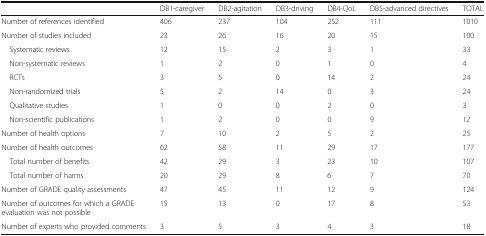
<table><thead><tr><td></td><td><b>DB1-caregiver</b></td><td><b>DB2-agitation</b></td><td><b>DB3-driving</b></td><td><b>DB4-QoL</b></td><td><b>DB5-advanced directives</b></td><td><b>TOTAL</b></td></tr></thead><tbody><tr><td>Number of references identified</td><td>406</td><td>237</td><td>104</td><td>252</td><td>111</td><td>1010</td></tr><tr><td>Number of studies included</td><td>23</td><td>26</td><td>16</td><td>20</td><td>15</td><td>100</td></tr><tr><td> Systematic reviews</td><td>12</td><td>15</td><td>2</td><td>3</td><td>1</td><td>33</td></tr><tr><td> Non-systematic reviews</td><td>1</td><td>2</td><td>0</td><td>1</td><td>0</td><td>4</td></tr><tr><td> RCTs</td><td>3</td><td>5</td><td>0</td><td>14</td><td>2</td><td>24</td></tr><tr><td> Non-randomized trials</td><td>5</td><td>2</td><td>14</td><td>0</td><td>3</td><td>24</td></tr><tr><td> Qualitative studies</td><td>1</td><td>0</td><td>0</td><td>2</td><td>0</td><td>3</td></tr><tr><td> Non-scientific publications</td><td>1</td><td>2</td><td>0</td><td>0</td><td>9</td><td><i>12</i></td></tr><tr><td>Number of health options</td><td>7</td><td>10</td><td>2</td><td>5</td><td>2</td><td>25</td></tr><tr><td>Number of health outcomes</td><td>62</td><td>58</td><td>11</td><td>29</td><td>17</td><td>177</td></tr><tr><td> Total number of benefits</td><td>42</td><td>29</td><td>3</td><td>23</td><td>10</td><td>107</td></tr><tr><td> Total number of harms</td><td>20</td><td>29</td><td>8</td><td>6</td><td>7</td><td>70</td></tr><tr><td>Number of GRADE quality assessments</td><td>47</td><td>45</td><td>11</td><td>12</td><td>9</td><td>124</td></tr><tr><td>Number of outcomes for which a GRADE evaluation was not possible</td><td>15</td><td>13</td><td>0</td><td>17</td><td>8</td><td>53</td></tr><tr><td>Number of experts who provided comments</td><td>3</td><td>5</td><td>3</td><td>4</td><td>3</td><td>18</td></tr></tbody></table>